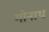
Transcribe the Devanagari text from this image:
गोनाथ